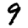
Digit: 9